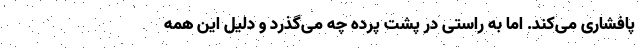
پافشاری می‌کند. اما به راستی در پشت پرده چه می‌گذرد و دلیل این همه